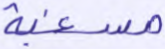
مسغبة